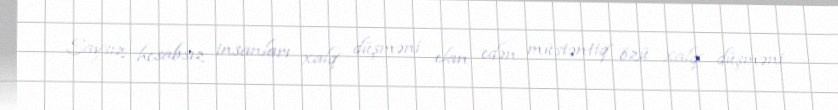
Saysız hesabsız insanları xalq düşməni elan edən müstəntiq özü xalq düşməni